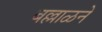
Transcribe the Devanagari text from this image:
बल्लाळने